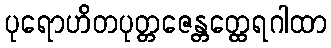
ပုရောဟိတပုတ္တဇေန္တတ္ထေရဂါထာ